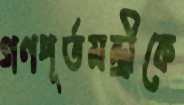
গণপূর্তমন্ত্রীকে